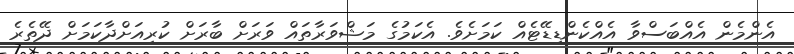
އެންމެން އެއްބަސްވާ އެއްކެންޑިޑޭޓެއް ކަމަށެވެ. އެކަމުގެ މަޝްވަރާތައް ވަރަށް ބާރަށް ކުރިއަށްދާކަމަށް ދޭތެރެ